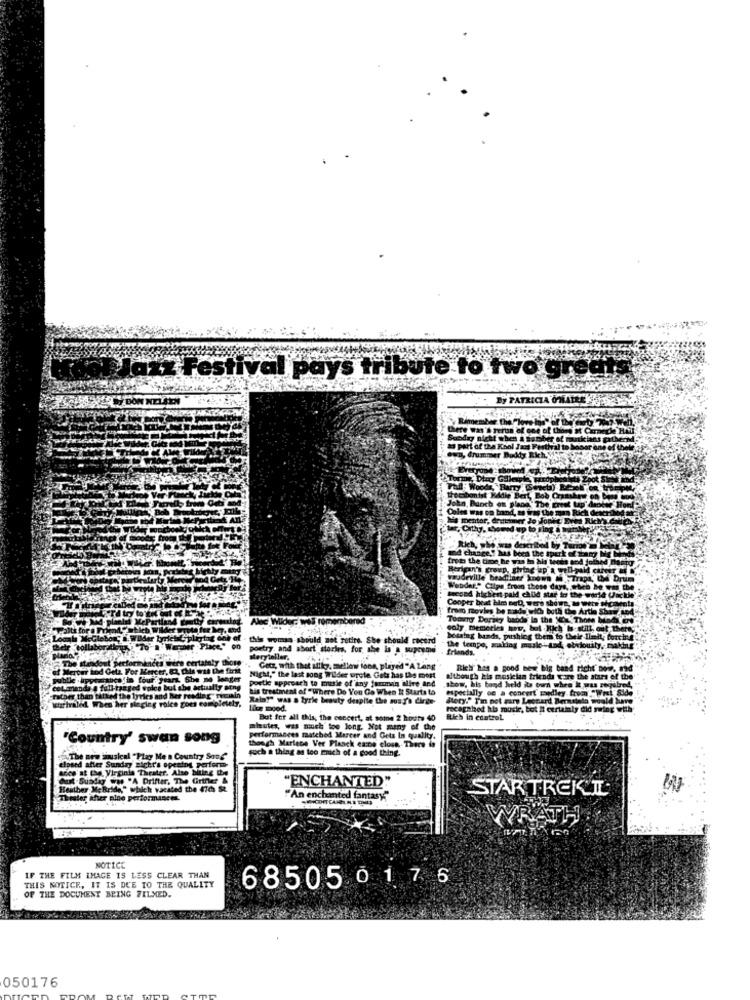
Jazz Festival pays tribute to two great
BON NELEN
Conpe
from
Alnc Wilder: was remembered
Tommy Deriny bands la the 1
Tour
caly memories wu, but Kich
this woman-should sot retire. She should cocerd
bossing bands, pushing them to
poetry, and short stories, for she is a supreme
. friands.
ertately Dh
Meryteller.
Getz, with that allky, mellow tons, played "A Lang
Rich has a good new big bar
ad richt now. mod
Nicht," the last song Wilder prote Getz has De mort
postie approach to musie of any fuman alive and
although kis musician friends
are the stars of the
taalty
his treatment of "Where Do You Go When It Starts to
show, his band held its burn whe
especially on a concert zapdiey
M the lyrics and
Rain?" was a tyrie beauty despite the moaf's dirge-
Bery." Tin net mary Leonard Ber
motala would have
n'her singing ra
lice mood.
racagahed his musir, bot # certa
Inly did swing with
But for all this, the concert, at some 2 hours 40
Rich in control
mhautes, was much too long. Not many of the
'Country' swan song
performances matched Marcer and Gets In quality.
though Marlene Ver Planck cape clous There is
soch a thing as too much of a good thing.
elpsed after Sunday nicht's opening perform-
The new musical "Play Me a Country Song"
see at the, Virginia Theater. Also biting the
dust -Sunday was "A Drifter, The Griner &
Heather McBride," which vacated the 470 S&
"ENCHANTED"
STARTREKCL
Thister thier nine performances.
An enchanted fantasy
NOTICE
IF THE FILM IMAGE IS LESS CLEAR THAN
68505017 6
THIS NOTICE, IT IS DUE TO THE QUALITY
OF THE DOCUMENT BEING FILMED.
050176